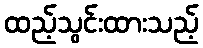
ထည့်သွင်းထားသည့်